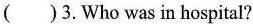
( )3.Who was in hospital?